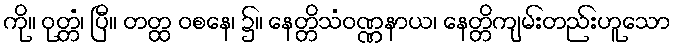
ကို။ ဝုတ္တံ၊ ပြီ။ တတ္ထ ဝစနေ၊ ၌။ နေတ္တိသံဝဏ္ဏနာယ၊ နေတ္တိကျမ်းတည်းဟူသော